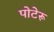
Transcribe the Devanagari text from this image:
पोटेरू